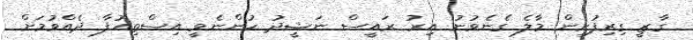
ގާޒީ ގިރިފުށިން މާލެ ގެނެވުނު އިރު ރައީސް ނަޝީދު ހުންނެވީ އިސްތިއުފާ ދެއްވުމަށް